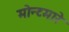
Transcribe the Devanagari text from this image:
मोन्टमारे